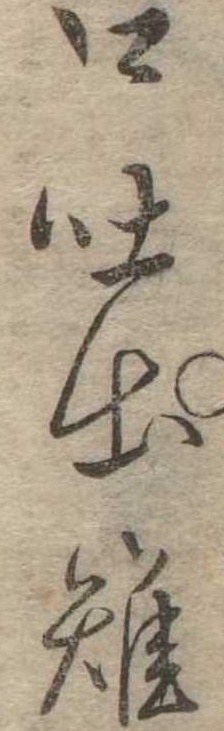
口吐出雉